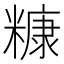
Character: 糠